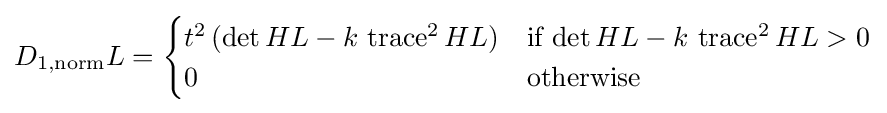
D_{1,\mathrm {norm} }L={\begin{cases}t^{2}\,(\det HL-k\,\operatorname {trace} ^{2}HL)&{\mbox{if}}\,\det HL-k\,\operatorname {trace} ^{2}HL>0\\0&{\mbox{otherwise}}\end{cases}}